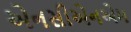
એનસીએનએમ